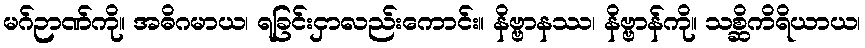
မဂ်ဉာဏ်ကို။ အဓိဂမာယ၊ ရခြင်းငှာလည်းကောင်း။ နိဗ္ဗာနဿ၊ နိဗ္ဗာန်ကို။ သစ္ဆိကိရိယာယ၊